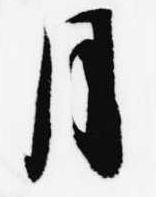
月